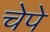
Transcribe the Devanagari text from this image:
चेपे